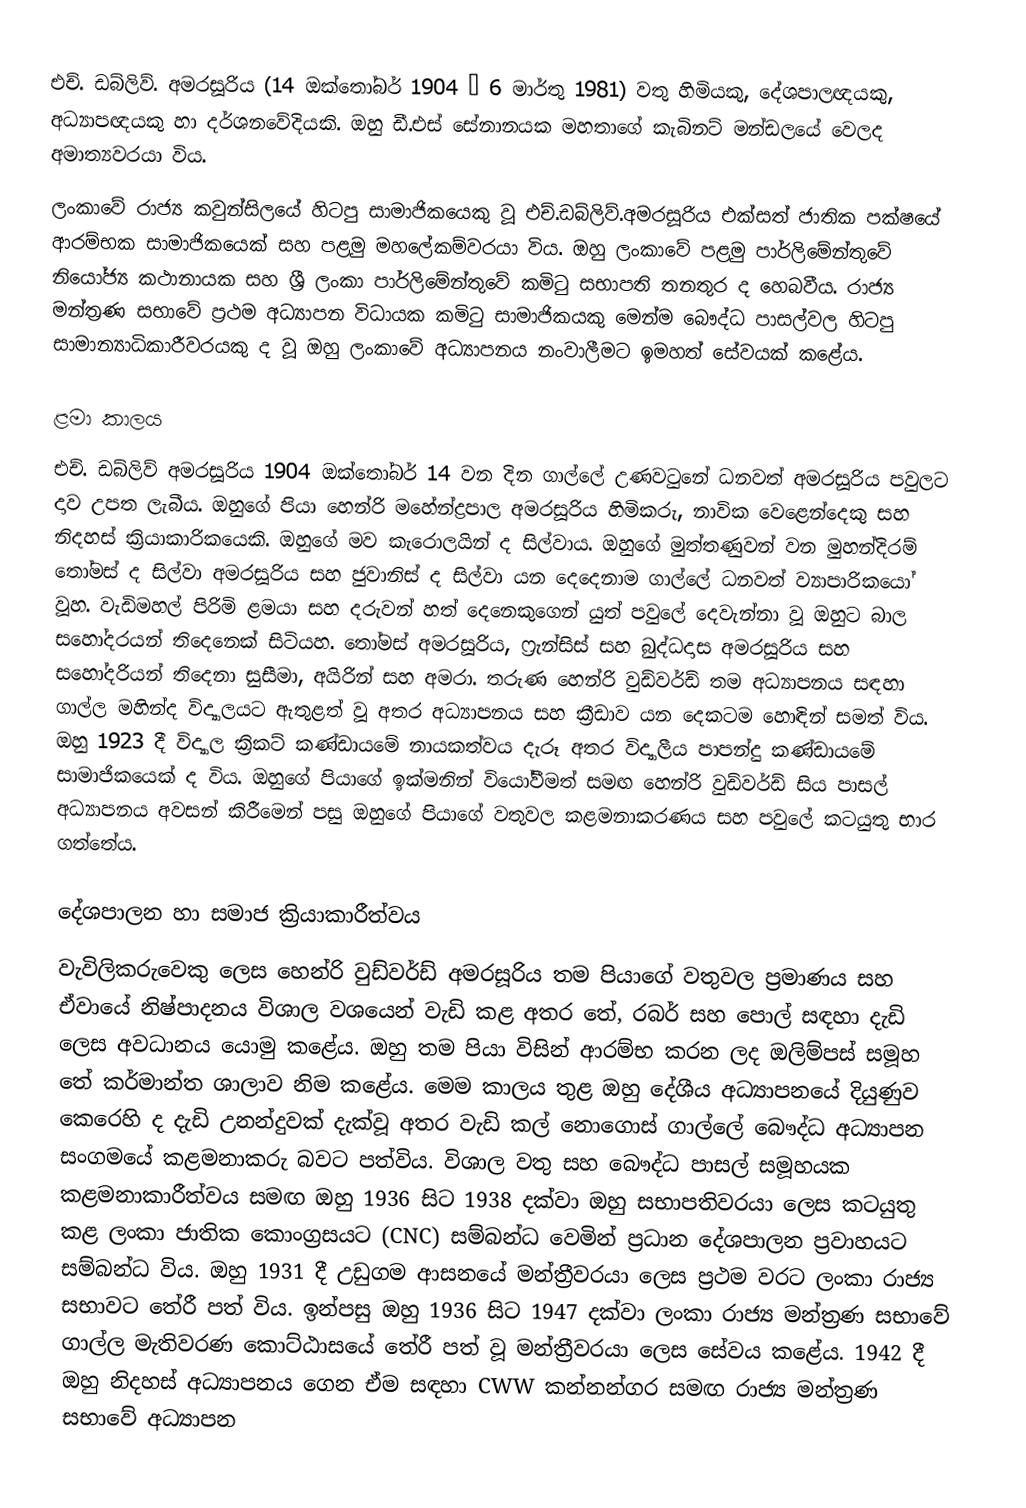
එච්. ඩබ්ලිව්. අමරසූරිය  (14 ඔක්තෝබර් 1904 – 6 මාර්තු 1981) වතු හිමියකු, දේශපාලඥයකු, අධ්‍යාපඥයකු හා දර්ශනවේදියකි. ඔහු ඩී.එස් සේනානයක මහතාගේ කැබිනට් මන්ඩලයේ වෙලද අමාත්‍යවරයා විය.
ලංකාවේ රාජ්‍ය කවුන්සිලයේ හිටපු සාමාජිකයෙකු වූ එච්.ඩබ්ලිව්.අමරසූරිය  එක්සත් ජාතික පක්ෂයේ ආරම්භක සාමාජිකයෙක් සහ පළමු මහලේකම්වරයා විය. ඔහු ලංකාවේ පළමු පාර්ලිමේන්තුවේ  නියෝජ්‍ය කථානායක සහ ශ්‍රී ලංකා පාර්ලිමේන්තුවේ කමිටු සභාපති තනතුර ද හෙබවීය.  රාජ්‍ය මන්ත්‍රණ සභාවේ ප්‍රථම අධ්‍යාපන විධායක කමිටු සාමාජිකයකු මෙන්ම බෞද්ධ පාසල්වල හිටපු සාමාන්‍යාධිකාරීවරයකු ද වූ ඔහු ලංකාවේ අධ්‍යාපනය නංවාලීමට ඉමහත් සේවයක් කළේය.

ළමා කාලය
එච්. ඩබ්ලිව් අමරසූරිය 1904 ඔක්තෝබර් 14 වන දින ගාල්ලේ උණවටුනේ ධනවත් අමරසූරිය පවුලට දාව උපත ලැබීය. ඔහුගේ පියා හෙන්රි මහේන්ද්‍රපාල අමරසූරිය හිමිකරු, නාවික වෙළෙන්දෙකු සහ නිදහස් ක්‍රියාකාරිකයෙකි. ඔහුගේ මව කැරොලයින් ද සිල්වාය. ඔහුගේ මුත්තණුවන් වන මුහන්දිරම් තෝමස් ද සිල්වා අමරසූරිය සහ ජුවානිස් ද සිල්වා යන දෙදෙනාම ගාල්ලේ ධනවත් ව්‍යාපාරිකයෝ වූහ. වැඩිමහල් පිරිමි ළමයා සහ දරුවන් හත් දෙනෙකුගෙන් යුත් පවුලේ දෙවැන්නා වූ ඔහුට බාල සහෝදරයන් තිදෙනෙක් සිටියහ. තෝමස් අමරසූරිය, ෆ්‍රැන්සිස් සහ බුද්ධදාස අමරසූරිය සහ සහෝදරියන් තිදෙනා සුසීමා, අයිරින් සහ අමරා. තරුණ හෙන්රි වුඩ්වර්ඩ් තම අධ්‍යාපනය සඳහා ගාල්ල මහින්ද විද්‍යාලයට ඇතුළත් වූ අතර අධ්‍යාපනය සහ ක්‍රීඩාව යන දෙකටම හොඳින් සමත් විය.  ඔහු 1923 දී විද්‍යාල ක්‍රිකට් කණ්ඩායමේ නායකත්වය දැරූ අතර විද්‍යාලීය පාපන්දු කණ්ඩායමේ සාමාජිකයෙක් ද විය. ඔහුගේ පියාගේ ඉක්මනින් වියෝවීමත් සමඟ හෙන්රි වුඩ්වර්ඩ් සිය පාසල් අධ්‍යාපනය අවසන් කිරීමෙන් පසු ඔහුගේ පියාගේ වතුවල කළමනාකරණය සහ පවුලේ කටයුතු භාර ගත්තේය.

දේශපාලන හා සමාජ ක්‍රියාකාරීත්වය
වැවිලිකරුවෙකු ලෙස හෙන්රි වුඩ්වර්ඩ් අමරසූරිය තම පියාගේ වතුවල ප්‍රමාණය සහ ඒවායේ නිෂ්පාදනය විශාල වශයෙන් වැඩි කළ අතර තේ, රබර් සහ පොල් සඳහා දැඩි ලෙස අවධානය යොමු කළේය. ඔහු තම පියා විසින් ආරම්භ කරන ලද ඔලිම්පස් සමූහ තේ කර්මාන්ත ශාලාව නිම කළේය. මෙම කාලය තුළ ඔහු දේශීය අධ්‍යාපනයේ දියුණුව කෙරෙහි ද දැඩි උනන්දුවක් දැක්වූ අතර වැඩි කල් නොගොස් ගාල්ලේ බෞද්ධ අධ්‍යාපන සංගමයේ කළමනාකරු බවට පත්විය. විශාල වතු සහ බෞද්ධ පාසල් සමූහයක කළමනාකාරීත්වය සමඟ ඔහු 1936 සිට 1938 දක්වා ඔහු සභාපතිවරයා ලෙස කටයුතු කළ ලංකා ජාතික කොංග්‍රසයට (CNC) සම්බන්ධ වෙමින් ප්‍රධාන දේශපාලන ප්‍රවාහයට සම්බන්ධ විය. ඔහු 1931 දී උඩුගම ආසනයේ මන්ත්‍රීවරයා ලෙස ප්‍රථම වරට ලංකා රාජ්‍ය සභාවට තේරී පත් විය. ඉන්පසු ඔහු 1936 සිට 1947 දක්වා ලංකා රාජ්‍ය මන්ත්‍රණ සභාවේ ගාල්ල මැතිවරණ කොට්ඨාසයේ තේරී පත් වූ මන්ත්‍රීවරයා ලෙස සේවය කළේය. 1942 දී ඔහු නිදහස් අධ්‍යාපනය ගෙන ඒම සඳහා CWW කන්නන්ගර සමඟ රාජ්‍ය මන්ත්‍රණ සභාවේ අධ්‍යාපන